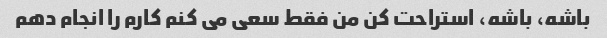
باشه، باشه، استراحت کن من فقط سعی می کنم کارم را انجام دهم